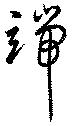
端